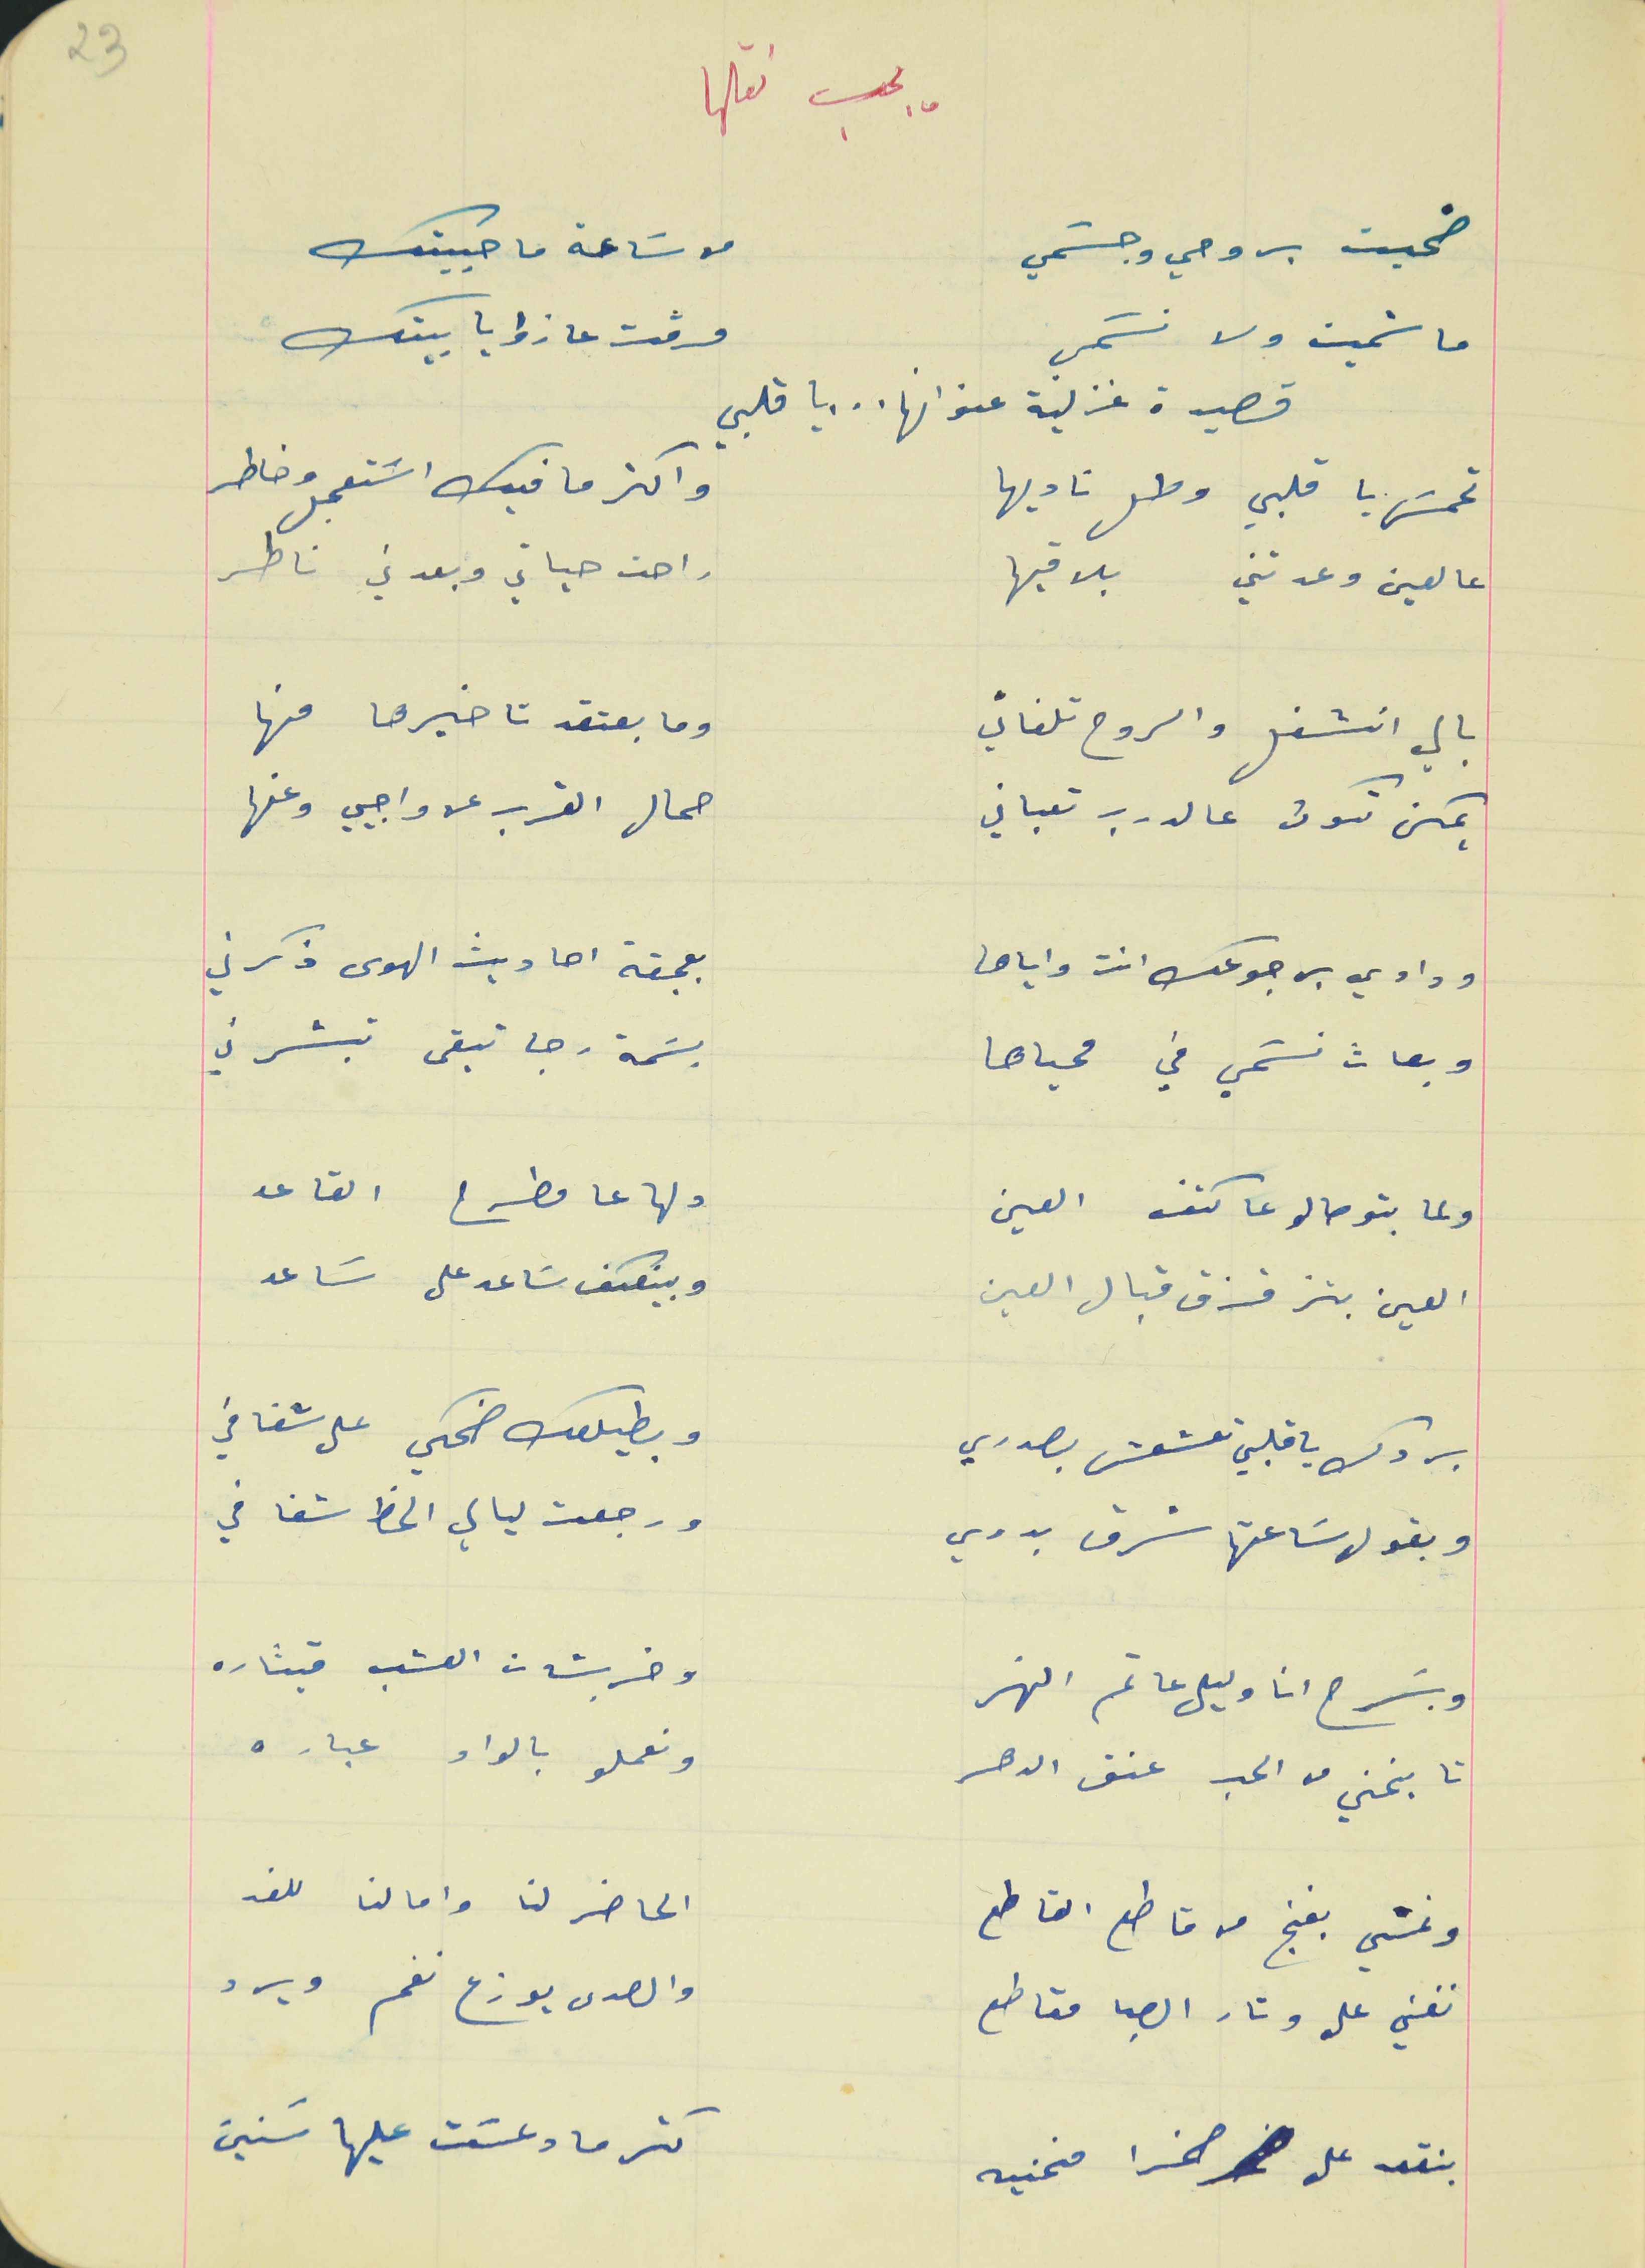
يجب نقلها                                                       23
ضحيت بروحي وجسَمي                                           من سَاعة ما حبيتك
ما شميت ولا نسَمي                                               مرقت عا زوايا بيتك
قصيدة غزلية عنوانها .  .  .  يا قلبي
تحمسَ يا قلبي وطل ناديها                                         واكتر ما فيك اسَتعجل وخاطر
عالعين وعدتني  بلاقيها                                             راحت حياتي وبعدني ناطر
بالي انشغل والروح تلفاني                                         وما بعتقد تاخيرها منها
يمكن تكون عالدرب تعباني                                         حمال القرب عن واجبي وعنها
وداوي برجوعك انت واياها                                         بعجقة احاديث الهوى ذكرني
 وبعاث نسَمي في محياها                                          بسَمة رجا تبقى تبشرني
ولما بتوصالو عا كتف العين                                       دلها عا مطرح القاعد
العين بتزقزق قبال العين                                           وبينعكف سَاعد على سَاعد
بردك ياقلبي تعشعش بصدري                                    وبطيلعك ضحكي على شفافي
وبقول سَاعتها شرق بدري                                            ورجعت ليالي الحظ شفافي
وبسَرح انا وليلى عا تم النهر                                        وخربشات العشب قيثاره
تا ينحني من الحب عنق الدهر                                    ونعملو بالواد عباره
ونمشي بغنج من قاطع القاطع                                  الحاضر لنا وامالنا للغد
تغني على وتار الصبا مقاطع                                     والصدى يوزع نغم ويرد
بنقعد على صخرا منحنيه                                              كتر ما دعسَت عليها سَنين